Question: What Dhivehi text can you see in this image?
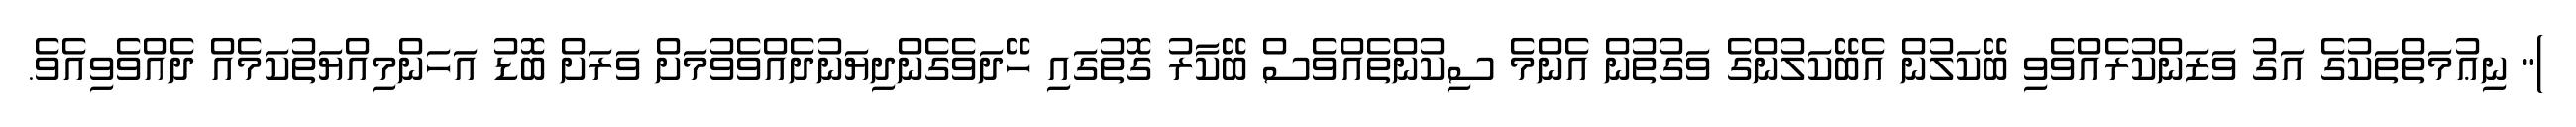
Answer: )" ނިޢުމަތްތަކުގެ އަގު ވަޒަންކުރެއްވެވި ބޭކަލުން އެބޭކަލުންގެ ވަގުތުން އެންމެ ސިކުންތެއްވެސް ބޭކާރު ގޮތުގައި ހޭދަވެގެންދިޔަނުދެއްވެވުމަށް ވަރަށް ބޮޑު އަހަންމިއްޔަތުކަމެއް ދެއްވެވިއެވެ.